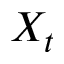
X _ { t }